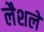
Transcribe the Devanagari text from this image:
लैशले